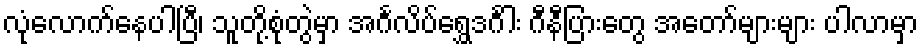
လုံလောက်နေပါပြီ၊ သူတို့စုံတွဲမှာ အင်္ဂလိပ်ရွှေဒင်္ဂါး ဂီနီပြားတွေ အတော်များများ ပါလာမှာ